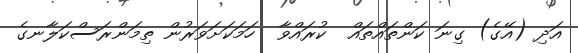
އަދި (އޭގެ) ގިނަ ކަންތައްތައް  ކުރައްވާ  ހަމަކަށަވަރުން ތިމަންރަސްކަލާނގެ